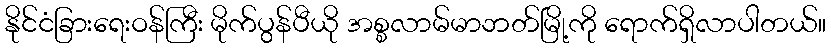
နိုင်ငံခြားရေးဝန်ကြီး မိုက်ပွန်ပီယို အစ္စလာမ်မာဘတ်မြို့ကို ရောက်ရှိလာပါတယ်။